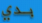
بدي